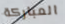
المباركة